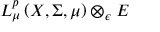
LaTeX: L _ { \mu } ^ { p } \left( X , \Sigma , \mu \right) \otimes _ { \epsilon } E